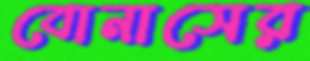
বোনাসের